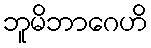
ဘူမိဘာဂေဟိ